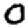
Digit: 0